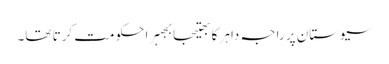
سیوستان پر راجہ داہر کا بھتیجا بجہرا حکومت کرتا تھا۔